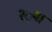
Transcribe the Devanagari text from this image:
स्‍्पा